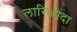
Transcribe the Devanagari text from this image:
लारिओंदा